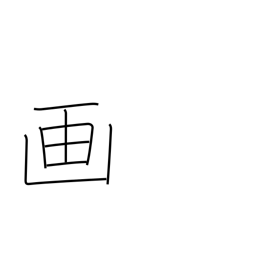
Meaning: picture